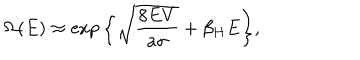
\Omega ( E ) \approx \exp { \left\{ \sqrt { \frac { 8 E V } { a \sigma } } + \beta _ { H } E \right\} } ,